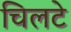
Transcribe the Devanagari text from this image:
चिलटे